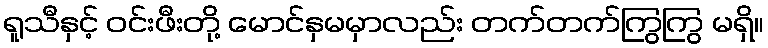
ရူသီနှင့် ဝင်းဖီးတို့ မောင်နှမမှာလည်း တက်တက်ကြွကြွ မရှိ။